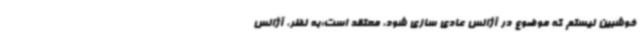
خوشبین نیستم که موضوع در آژانس عادی سازی شود، معتقد است:به نظر، آژانس